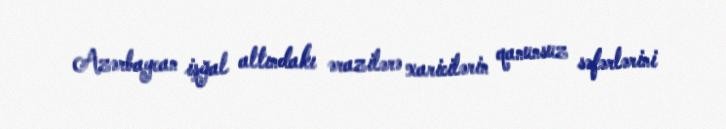
Azərbaycan işğal altındakı ərazilərə xaricilərin qanunsuz səfərlərini